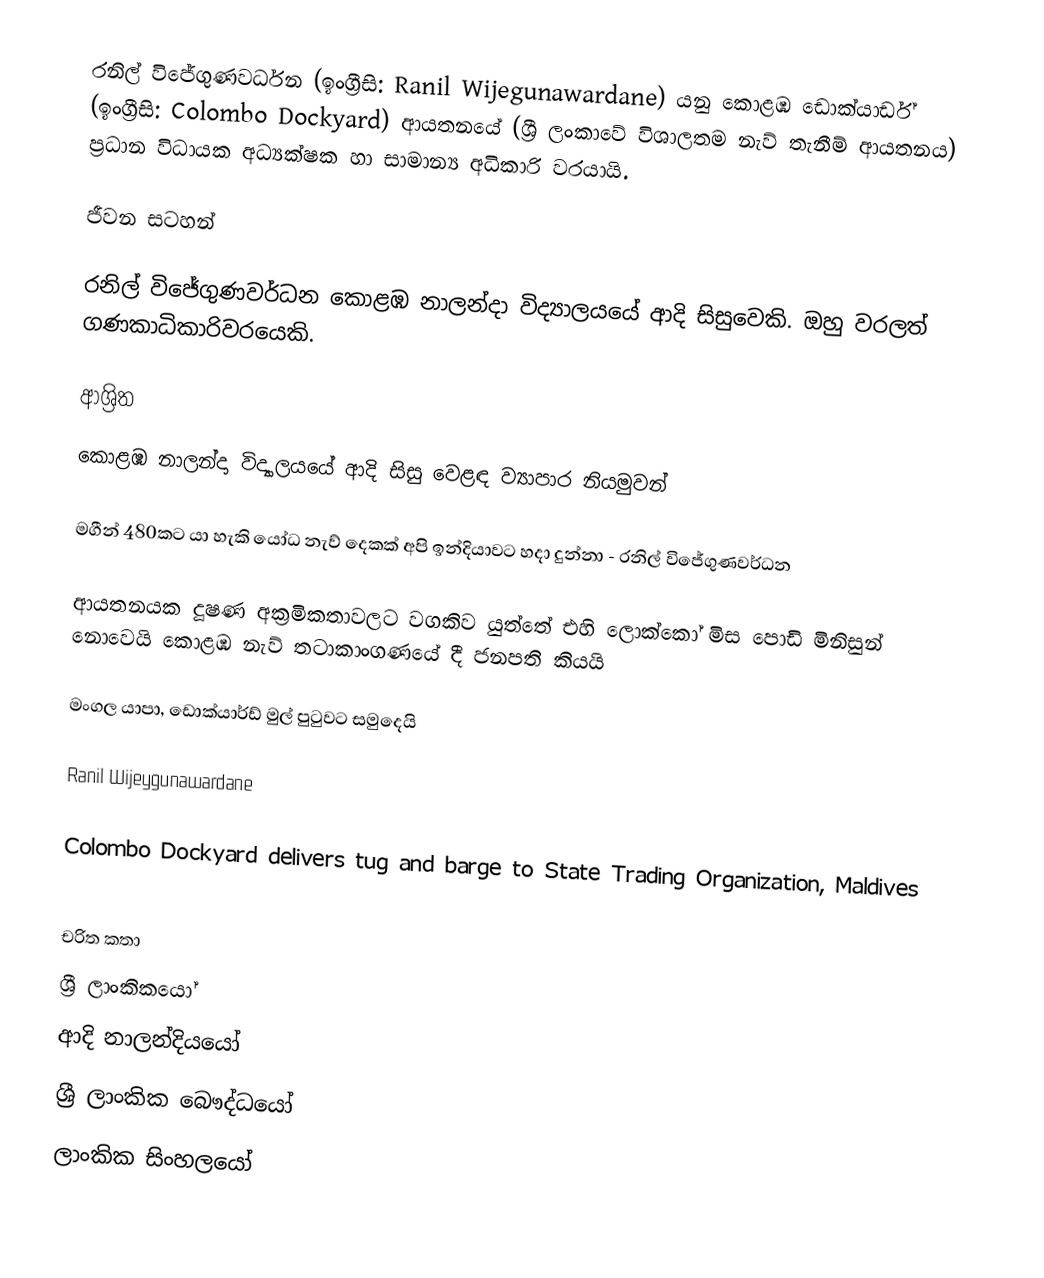
රනිල් විජේගුණවර්ධන (ඉංග්‍රීසි: Ranil Wijegunawardane) යනු කොළඹ ඩොක්යාර්ඩ්  (ඉංග්‍රීසි: Colombo Dockyard) ආයතනයේ (ශ්‍රී ලංකාවේ විශාලතම නැව් තැනීම් ආයතනය) ප්‍රධාන විධායක අධ්‍යක්ෂක හා සාමාන්‍ය අධිකාරි වරයායි.

ජීවන සටහන්

රනිල් විජේගුණවර්ධන කොළඹ නාලන්දා විද්‍යාලයයේ ආදි සිසුවෙකි. ඔහු වරලත් ගණකාධිකාරිවරයෙකි.

ආශ්‍රිත
 කොළඹ නාලන්දා විද්‍යාලයයේ ආදි සිසු වෙළඳ ව්‍යාපාර නියමුවන්

 මගීන් 480කට යා හැකි යෝධ නැව් දෙකක් අපි ඉන්දියාවට හදා දුන්නා - රනිල් විජේගුණවර්ධන

 ආයතනයක දූෂණ අක්‍රමිකතාවලට වගකිව යුත්තේ එහි ලොක්කෝ මිස පොඩි මිනිසුන් නොවෙයි කොළඹ නැව් තටාකාංගණයේ දී ජනපති කියයි

 මංගල යාපා, ඩොක්යාර්ඩ් මුල් පුටුවට සමුදෙයි

 Ranil Wijeygunawardane

 Colombo Dockyard delivers tug and barge to State Trading Organization, Maldives

චරිත කතා
ශ්‍රී ලාංකිකයෝ
ආදි නාලන්දියයෝ
ශ්‍රී ලාංකික බෞද්ධයෝ
ලාංකික සිංහලයෝ